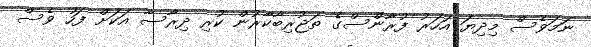
ނަމަވެސް މިދިޔަ އަހަރު ފުރާންސްގެ ތަޖުރިބާކާރުން ކުރި ދިރާސާ އަކަށް ފަހު ވެސް